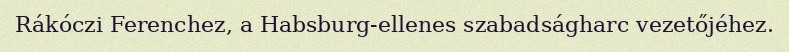
Rákóczi Ferenchez, a Habsburg-ellenes szabadságharc vezetőjéhez.